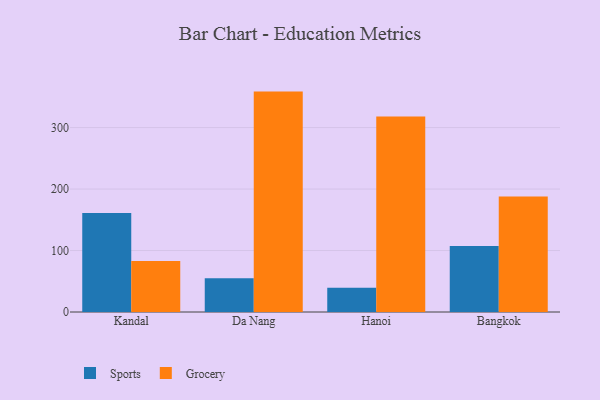
{"axis": {"x": "City", "y": "Gross Profit (USD K)"}, "legend": ["Grocery", "Sports"], "data": [{"x": "Kandal", "y": 161.0, "type": "Sports"}, {"x": "Kandal", "y": 82.8, "type": "Grocery"}, {"x": "Da Nang", "y": 55.1, "type": "Sports"}, {"x": "Da Nang", "y": 358.5, "type": "Grocery"}, {"x": "Hanoi", "y": 39.5, "type": "Sports"}, {"x": "Hanoi", "y": 318.0, "type": "Grocery"}, {"x": "Bangkok", "y": 107.5, "type": "Sports"}, {"x": "Bangkok", "y": 187.9, "type": "Grocery"}]}